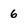
Character: 6